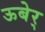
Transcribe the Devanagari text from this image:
ऊबेर्